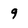
Character: 9